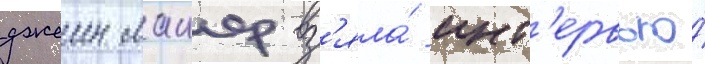
джеин маиер вз'яла́ инт'ервью́